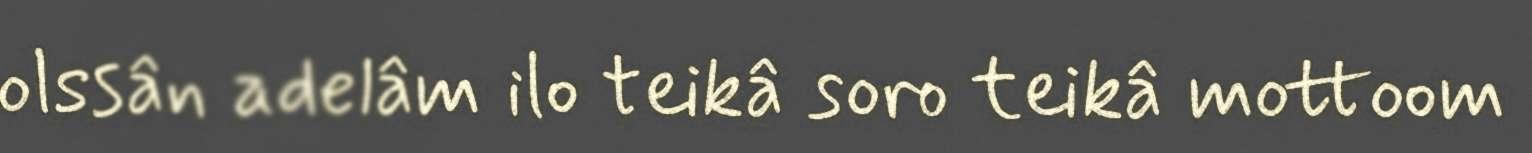
olssân adelâm ilo teikâ soro teikâ mottoom